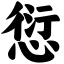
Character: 愆